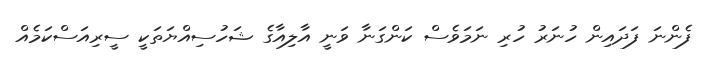
ފެންނަ ފަދައިން ހުނަރު ހުރި ނަމަވެސް ކަންގަނާ ވަނީ އާލިއާގެ ޝަހުސިއްޔަތަކީ ސީރިއަސްކަމެއް